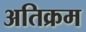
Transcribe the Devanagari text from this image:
अतिक्रम